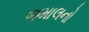
જમાલનો